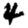
Digit: 4